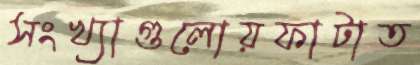
সংখ্যাগুলোয়ফাটাত